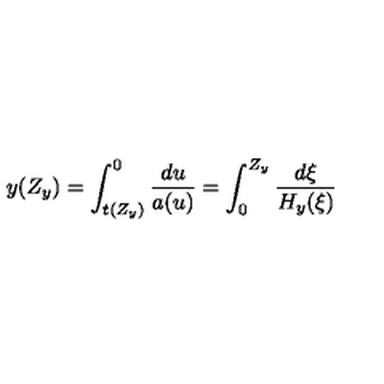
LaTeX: y ( Z _ { y } ) = \int _ { t ( Z _ { y } ) } ^ { 0 } \frac { d u } { a ( u ) } = \int _ { 0 } ^ { Z _ { y } } \frac { d \xi } { H _ { y } ( \xi ) }